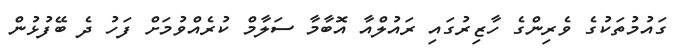
ގައުމުތަކުގެ ވެރިންގެ ހާޒިރުގައި ރައުލްއާ އޮބާމާ ސަލާމް ކުރެއްވުމަށް ފަހު ދެ ބޭފުޅުން